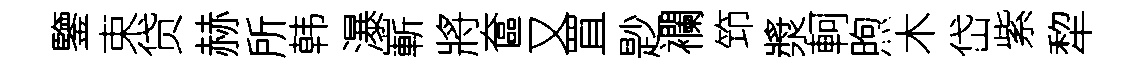
鑒束贷赫所韩瀑嶄將奩又罝尟襴笻漿軻煦木岱紫犂